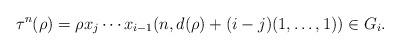
LaTeX: \begin{align*}\tau^n(\rho) = \rho x_j \cdots x_{i-1}(n, d(\rho) + (i-j)(1, \ldots, 1)) \in G_i.\end{align*}